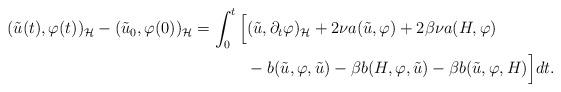
LaTeX: \begin{align*}(\tilde{u}(t),\varphi(t))_{\mathcal{H}}-(\tilde{u}_0,\varphi(0))_{\mathcal{H}}= \int_0^t \Big[&(\tilde{u},\partial_t \varphi)_{\mathcal{H}}+2\nu a(\tilde{u},\varphi)+2\beta \nu a(H,\varphi) \\ & -b(\tilde{u},\varphi,\tilde{u})-\beta b(H,\varphi,\tilde{u})-\beta b(\tilde{u},\varphi, H) \Big]dt.\end{align*}